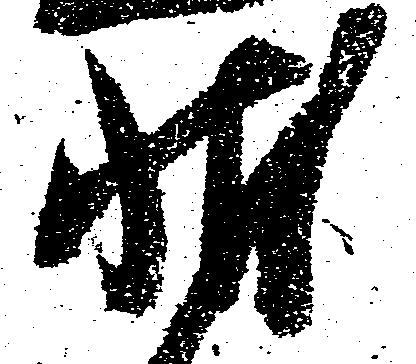
状